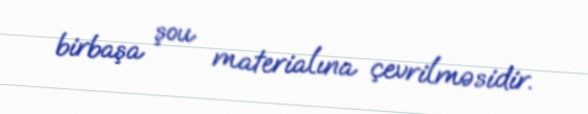
birbaşa şou materialına çevrilməsidir.